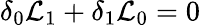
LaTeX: \delta_{0}{\cal L}_{1}+\delta_{1}{\cal L}_{0}=0